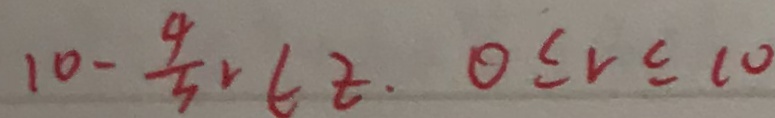
1 0 - \frac { 4 } { 3 } r \in z . 0 \leq r \leq 1 0